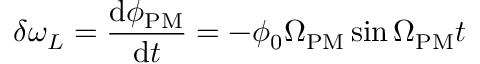
\delta \omega _ { L } = \frac { \mathrm { d } \phi _ { \mathrm { P M } } } { \mathrm { d } t } = - \phi _ { 0 } \Omega _ { \mathrm { P M } } \sin \Omega _ { \mathrm { P M } } t